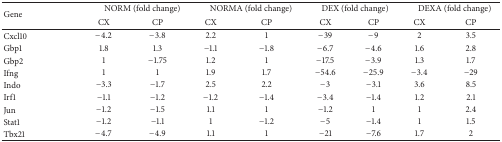
<table><thead><tr><td rowspan="2"><b>Gene</b></td><td colspan="2"><b>NORM (fold change)</b></td><td colspan="2"><b>NORMA (fold change)</b></td><td colspan="2"><b>DEX (fold change)</b></td><td colspan="2"><b>DEXA (fold change)</b></td></tr><tr><td><b>CX</b></td><td><b>CP</b></td><td><b>CX</b></td><td><b>CP</b></td><td><b>CX</b></td><td><b>CP</b></td><td><b>CX</b></td><td><b>CP</b></td></tr></thead><tbody><tr><td>Cxcl10 </td><td>−4.2</td><td>−3.8</td><td>2.2</td><td>1</td><td>−39</td><td>−9</td><td>2</td><td>3.5</td></tr><tr><td>Gbp1 </td><td>1.8</td><td>1.3</td><td>−1.1</td><td>−1.8</td><td>−6.7</td><td>−4.6</td><td>1.6</td><td>2.8</td></tr><tr><td>Gbp2</td><td>1</td><td>−1.75</td><td>1.2</td><td>1</td><td>−17.5</td><td>−3.9</td><td>1.3</td><td>1.7</td></tr><tr><td>Ifng</td><td>1</td><td>1</td><td>1.9</td><td>1.7</td><td>−54.6</td><td>−25.9</td><td>−3.4</td><td>−29</td></tr><tr><td>Indo </td><td>−3.3</td><td>−1.7</td><td>2.5</td><td>2.2</td><td>−3</td><td>−3.1</td><td>3.6</td><td>8.5</td></tr><tr><td>Irf1</td><td>−1.1</td><td>−1.2</td><td>−1.2</td><td>−1.4</td><td>−3.4</td><td>−1.4</td><td>1.2</td><td>2.1</td></tr><tr><td>Jun</td><td>−1.2</td><td>−1.5</td><td>1.1</td><td>1</td><td>−1.2</td><td>1</td><td>1</td><td>2.4</td></tr><tr><td>Stat1</td><td>−1.2</td><td>−1.1</td><td>1</td><td>−1.2</td><td>−5</td><td>−1.4</td><td>1</td><td>1.5</td></tr><tr><td>Tbx21</td><td>−4.7</td><td>−4.9</td><td>1.1</td><td>1</td><td>−21</td><td>−7.6</td><td>1.7</td><td>2</td></tr></tbody></table>